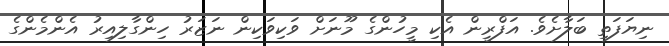
ނިޔަފަތި ބަލާށެވެ. އަފްރީން އެކި މީހުންގެ މޫނަށް ވަކިވަކިން ނަޒަރު ހިންގާލިއިރު އެންމެންގެ